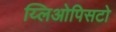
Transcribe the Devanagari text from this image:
य्लिओपिसटो